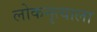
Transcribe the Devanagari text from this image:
लोकनृत्याला